Annual report on the working of the mental hospitals in the Madras Presidency - 1912-1932
Year: 1912
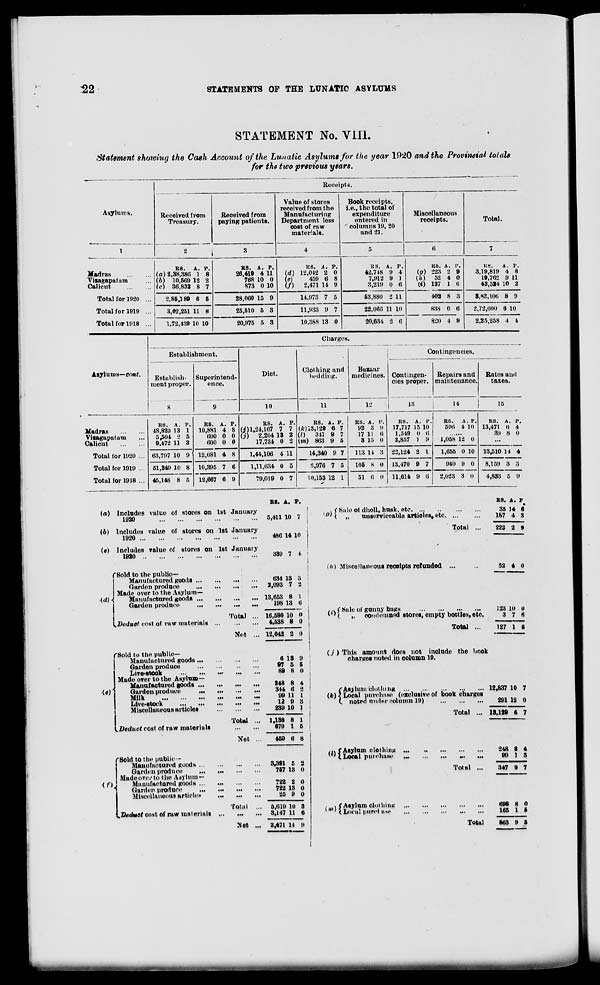
22
STATEMENTS OF THE LUNATIC ASYLUMS
STATEMENT No. VIII.
Statement showing the Cash Account of the Lunatic Asylums for the year 1920 and the Provincial totals
for the two previous years.
Asylums.
1
Madras
...
...
Vizagapatam ...
Calicut
...
...
Total for 1920 ...
Total for 1919 ...
Total for 1918 ...
Receipts.
Received from
Treasury.
2
RS.
(a) 2,38,386
(b) 10,569
(c) 36,833
2,85,789
3,02,251
1,72,439
A.
1
12
8
6
11
10
P.
8
2
7
5
8
10
Received from
paying patients.
3
RS.
26,419
768
873
28,060
25,510
20,975
A.
4
10
0
15
5
5
P.
11
0
10
9
3
3
Value of stores
received from the
Manufacturing
Department less
cost of raw
materials.
4
RS.
(d) 12,042
(e)
459
(f)
2,471
14,973
11,933
10,388
A.
2
6
14
7
9
13
P.
0
8
9
5
7
0
Book receipts,
i.e., the total of
expenditure
entered in
columns 19, 20
and 21.
5
RS.
42,748
7,912
3,219
53,880
22,066
20,634
A.
9
9
0
2
11
2
P.
4
1
6
11
10
6
Miscellaneous
receipts.
6
RS.
(g) 223
(h)
52
(i) 127
402
838
820
A.
2
4
1
8
0
4
P.
9
0
6
3
6
9
Total.
7
RS.
3,19,819
19,762
43,524
3,83,106
2,72,600
2,25,258
A.
4
9
10
8
6
4
P.
8
11
2
9
10
4
Asylums—cont.
Madras
...
...
Vizagapatam ...
Calicut
...
...
Total for 1920 ...
Total for 1919 ...
Total for 1918 ...
Charges.
Establishment.
Establish-
ment proper.
8
RS.
48,820
5,504
9,472
63,797
51,249
45,148
A.
13
2
11
10
10
8
P.
1
5
3
9
8
5
Superintend-
ence.
9
RS.
10,881
600
600
12,081
10,395
12,667
A.
4
0
0
4
7
6
P.
8
0
0
8
6
9
Diet.
10
RS.
(j)l,24,167
(j)
2,204
17,734
1,44,106
1,11,634
79,019
A.
7
13
0
4
0
0
P.
7
2
2
11
5
7
Clothing and
bedding.
11
RS.
(k)13,129
(l)
347
(m) 863
14,340
8,976
10,153
A.
6
9
9
9
7
12
P.
7
7
5
7
5
1
Bazaar
medicines.
12
RS.
92
17
3
113
105
51
A.
3
11
15
14
8
6
P.
9
6
0
3
0
0
Contingencies.
Contingen-
cies proper.
13
RS.
17,717
1,549
2,857
22,124
13,470
11,614
A.
15
0
1
2
9
9
P.
10
6
9
1
7
6
Repairs and
maintenance.
14
RS.
596
A
4
P.
10
......
1,058
1,655
940
2,023
12
0
9
3
0
10
0
0
Rates and
taxes.
15
RS.
13,471
39
A.
6
8
P.
4
0
...
13,510
8,159
4,833
14
3
5
4
3
9
(a)
(b)
(c)
(d)
Includes value of stores on 1st January
1920
...
...
...
...
...
...
Includes value of stores on 1st January
1920
...
...
...
...
...
...
Includes value of stores on 1st January
1920
...
...
...
...
...
...
...
Sold to the public—
Manufactured goods
...
...
...
...
Garden produce
...
...
...
...
Made over to the Asylum—
Manufactured goods
...
...
...
...
Garden produce
...
...
...
...
Total ...
Deduct cost of raw materials
...
...
...
Net ...
(e)
Sold to the public—
Manufactured goods
...
...
...
...
Garden produce
...
...
...
...
Live-stock ... ... ... ... ...
Made over to the Asylum—
Manufactured goods ... ... ... ...
Garden produce
...
...
...
...
Milk
...
...
...
...
...
...
Live-stock
...
...
...
...
...
Miscellaneous articles ... ... ...
Total ...
Deduct cost of raw materials ... ...
Net ...
(f)
Sold to the public —
Manufactured goods ... ... ... ...
Garden produce
...
...
...
...
Made over to the Asylum —
Manufactured goods
...
...
...
...
Garden produce
...
...
...
...
Miscellaneous articles
...
...
...
Total ...
Deduct cost of raw materials
...
...
...
Net ...
RS.
5,411
486
339
634
2,093
13,653
198
16,580
4,538
12,042
6
97
89
248
344
99
12
239
1,138
679
459
3,391
757
722
722
25
5,619
3,147
2,471
A.
10
14
7
13
7
8
13
10
8
2
13
5
8
8
6
11
9
10
8
1
6
5
13
2
13
9
10
11
14
P.
7
10
4
3
2
1
6
0
0
0
9
5
0
4
2
1
3
1
1
5
8
2
0
0
0
0
3
6
9
(g)
Sale of dholl, husk, etc.
...
...
...
...
„
unserviceable articles
etc. ... ...
Total ...
(h)
(i)
Miscellaneous receipts refunded ... ...
Sale of gunny bags
...
...
...
...
„
condemned stores, empty bottles, etc.
Total ...
(j)
(k)
This amount does not include the book
charges noted in column 19.
Asylum clothing
...
...
...
...
...
Local purchase (exclusive of book charges
noted under column 19)
...
...
...
Total ...
(l)
Asylum clothing
...
...
...
...
...
Local purchase
...
...
...
...
...
Total ...
(m)
Asylum clothing
...
...
...
...
...
Local purchase
...
...
...
...
...
Total ...
RS.
35
187
223
52
123
3
127
12,837
291
13,129
248
99
347
898
165
863
A.
14
4
2
4
10
7
1
10
12
6
8
1
9
8
1
9
P.
6
3
9
0
0
6
6
7
0
7
4
3
7
0
5
5